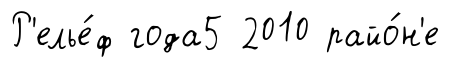
Р'елье́ф года5 2010 райо́н'е